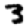
Digit: 3